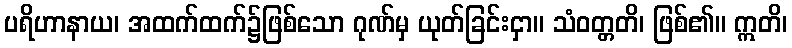
ပရိဟာနာယ၊ အထက်ထက်၌ဖြစ်သော ဂုဏ်မှ ယုတ်ခြင်းငှာ။ သံဝတ္တတိ၊ ဖြစ်၏။ ဣတိ၊